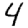
Digit: 4